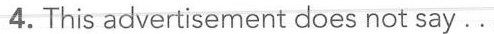
4. This advertisement does not say…